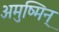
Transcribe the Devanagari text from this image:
अमुष्मिन्